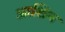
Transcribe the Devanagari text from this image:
आशिन